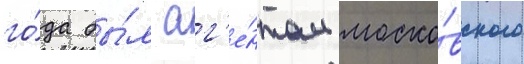
го́да бы́л аг'е́нтом моско́вского